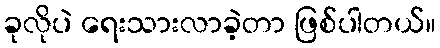
ခုလိုပဲ ရေးသားလာခဲ့တာ ဖြစ်ပါတယ်။